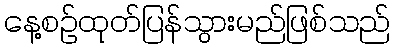
နေ့စဉ်ထုတ်ပြန်သွားမည်ဖြစ်သည်